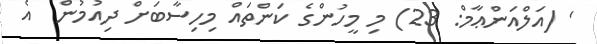
' (އަލްއަންޢާމް: 23) މި މީހުންގެ ކަންތައް މިހިސާބަށް ދިއުމުން  އެ